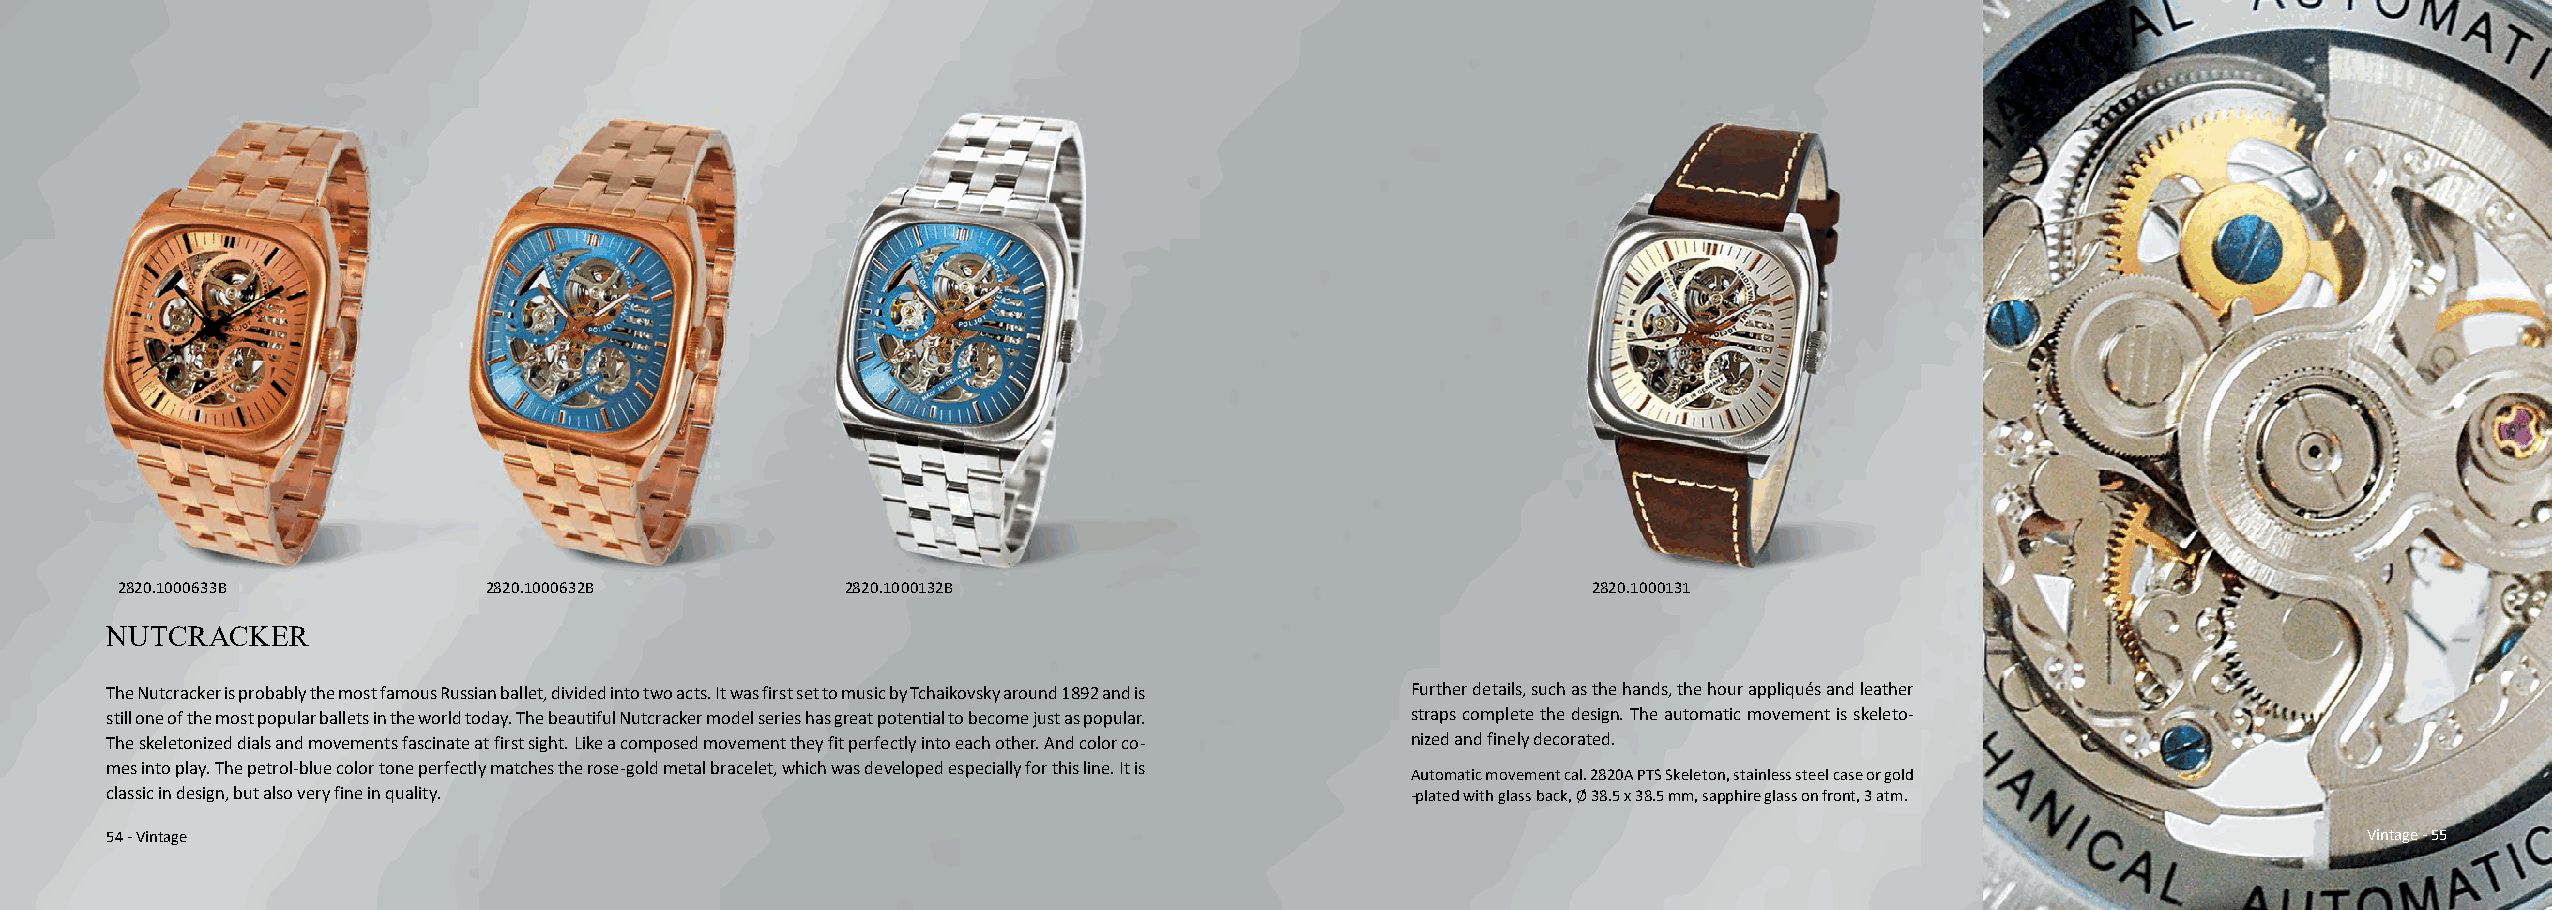
2820.1000633B           2820.1000632B           2820.1000132B                                    2820.1000131
 NUTCRACKER
 The Nutcracker is probably the most famous Russian ballet, divided into two acts. It was first set to music by Tchaikovsky around 1892 and is Further details, such as the hands, the hour appliqués and leather
 still one of the most popular ballets in the world today. The beautiful Nutcracker model series has great potential to become just as popular. straps complete the design. The automatic movement is skeleto-
 The skeletonized dials and movements fascinate at first sight. Like a composed movement they fit perfectly into each other. And color co- nized and finely decorated.
 mes into play. The petrol-blue color tone perfectly matches the rose-gold metal bracelet, which was developed especially for this line. It is
 Automatic movement cal. 2820A PTS Skeleton, stainless steel case or gold
 classic in design, but also very fine in quality.                                     -plated with glass back, Ø 38.5 x 38.5 mm, sapphire glass on front, 3 atm.
 54 - Vintage                                                                                                                                          Vintage - 55